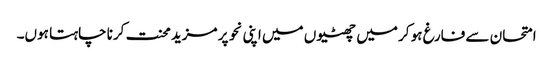
امتحان سے فارغ ہو کر میں چھٹیوں میں اپنی نحو پر مزید محنت کرنا چاہتا ہوں۔